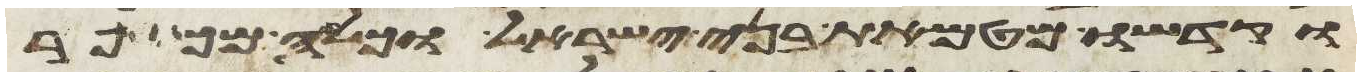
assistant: וקדשו מטמאת בני ישראל וכלה מכפר